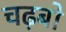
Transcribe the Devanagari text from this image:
चढ़बो